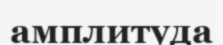
амплитуда